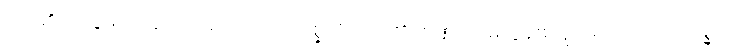
ကပ်၏။ သုဒ္ဒိမ္ပိ၊ သူဆင်းရဲမသို့လည်း။ ဂစ္ဆတိ၊ ကပ်၏။ စဏ္ဍာလိမ္ပိ၊ ဒွန်းစဏ္ဍားမသို့လည်း။ ဂစ္ဆတိ၊